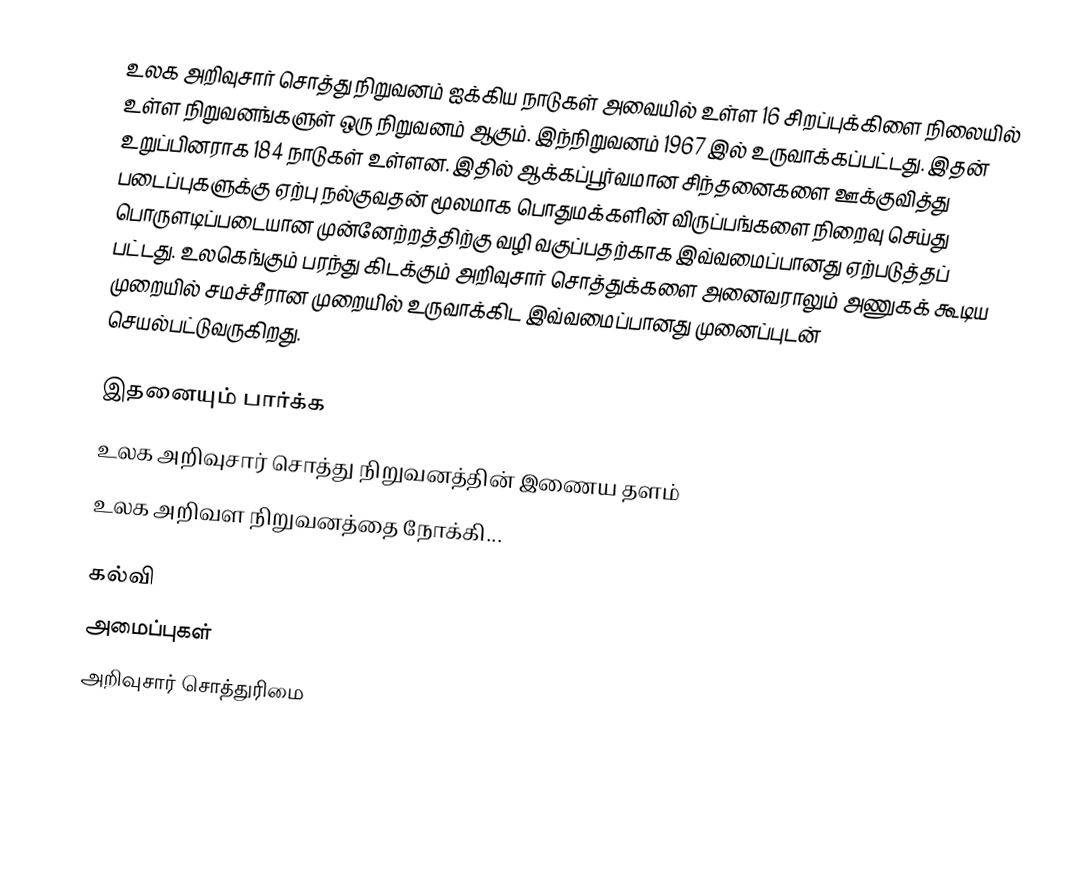
உலக அறிவுசார் சொத்து நிறுவனம் ஐக்கிய நாடுகள் அவையில் உள்ள 16 சிறப்புக்கிளை நிலையில் உள்ள நிறுவனங்களுள் ஒரு நிறுவனம் ஆகும். இந்நிறுவனம் 1967 இல் உருவாக்கப்பட்டது. இதன் உறுப்பினராக 184 நாடுகள் உள்ளன. இதில் ஆக்கப்பூர்வமான சிந்தனைகளை ஊக்குவித்து படைப்புகளுக்கு ஏற்பு நல்குவதன் மூலமாக பொதுமக்களின் விருப்பங்களை நிறைவு செய்து பொருளடிப்படையான முன்னேற்றத்திற்கு வழி வகுப்பதற்காக இவ்வமைப்பானது ஏற்படுத்தப் பட்டது. உலகெங்கும் பரந்து கிடக்கும் அறிவுசார் சொத்துக்களை அனைவராலும் அணுகக் கூடிய முறையில் சமச்சீரான முறையில் உருவாக்கிட இவ்வமைப்பானது முனைப்புடன் செயல்பட்டுவருகிறது.

இதனையும் பார்க்க
 உலக அறிவுசார் சொத்து நிறுவனத்தின் இணைய தளம்
 உலக அறிவள நிறுவனத்தை நோக்கி...

கல்வி
அமைப்புகள்
அறிவுசார் சொத்துரிமை